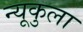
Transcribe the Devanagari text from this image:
न्यूकुला